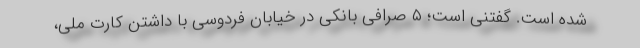
شده است. گفتنی است؛ ۵ صرافی بانکی در خیابان فردوسی با داشتن کارت ملی،